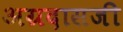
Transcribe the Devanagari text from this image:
अग्रदासजी